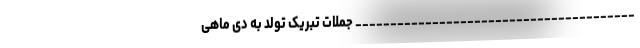
________________________________________ جملات تبریک تولد به دی ماهی